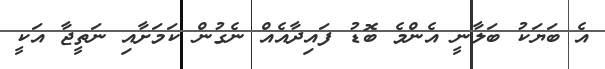
އެ ބަޔަކު ބަލާނީ އެންމެ ބޮޑު ފައިދާއެއް ނެގުން ކަމަށާއި ނަތީޖާ އަކީ